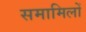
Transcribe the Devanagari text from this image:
समामिलों